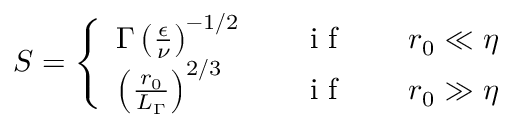
S = \left\{ \begin{array} { l l } { \Gamma \left( \frac { \epsilon } { \nu } \right) ^ { - 1 / 2 } } & { \quad \mathrm { ~ i ~ f ~ } \qquad r _ { 0 } \ll \eta } \\ { \left( \frac { r _ { 0 } } { L _ { \Gamma } } \right) ^ { 2 / 3 } } & { \quad \mathrm { ~ i ~ f ~ } \qquad r _ { 0 } \gg \eta } \end{array} \right.